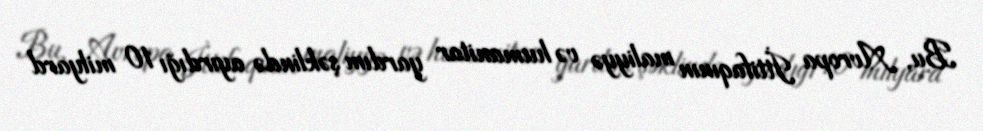
Bu, Avropa İttifaqının maliyyə və humanitar yardım şəklində ayırdığı 10 milyard